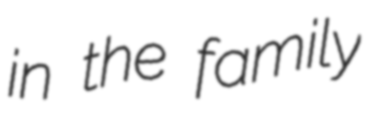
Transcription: in the family